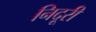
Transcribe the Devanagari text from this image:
निदूरी